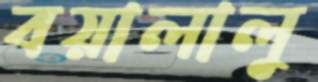
বয়ালালু